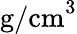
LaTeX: \textrm{g/cm}^{3}